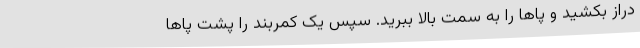
دراز بکشید و پاها را به سمت بالا ببرید. سپس یک کمربند را پشت پاها